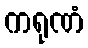
ကရုဏံ